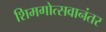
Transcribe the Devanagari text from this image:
शिमगोत्सवानंतर